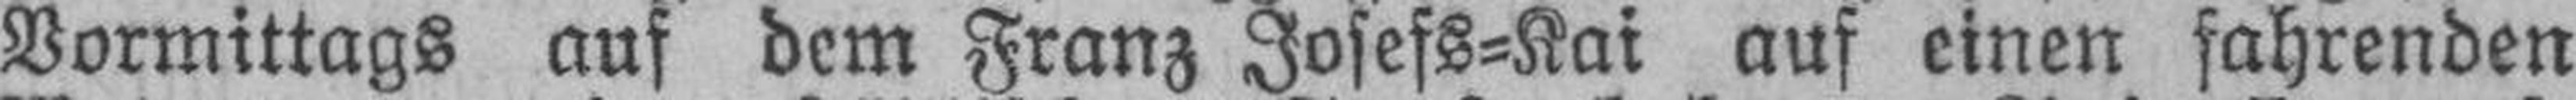
Vormittags auf dem Franz Josefs=Kai auf einen fahrenden